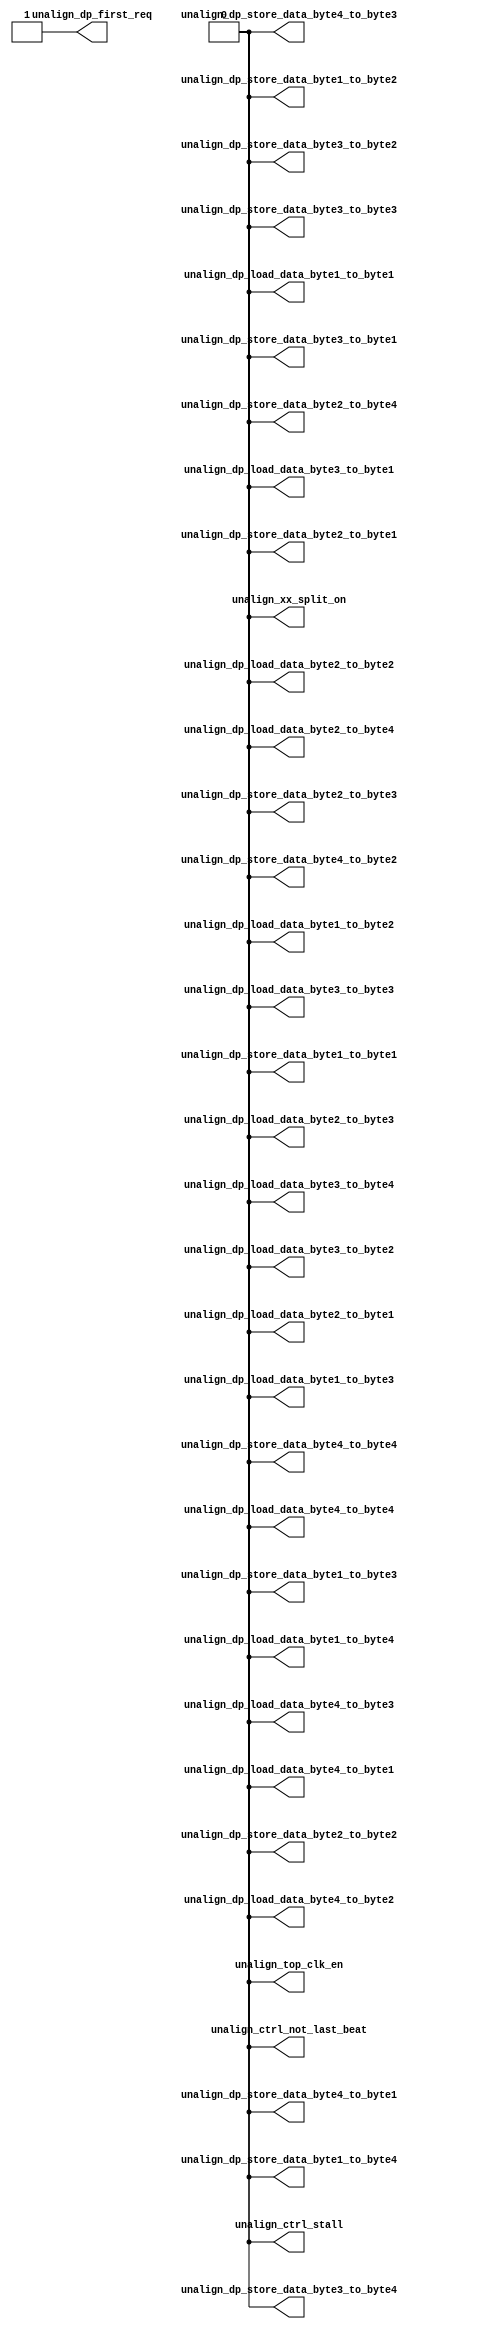
/*Copyright 2018-2021 T-Head Semiconductor Co., Ltd.

Licensed under the Apache License, Version 2.0 (the "License");
you may not use this file except in compliance with the License.
You may obtain a copy of the License at

    http://www.apache.org/licenses/LICENSE-2.0

Unless required by applicable law or agreed to in writing, software
distributed under the License is distributed on an "AS IS" BASIS,
WITHOUT WARRANTIES OR CONDITIONS OF ANY KIND, either express or implied.
See the License for the specific language governing permissions and
limitations under the License.
*/

// &ModuleBeg; @22
module cr_lsu_unalign(
  unalign_ctrl_not_last_beat,
  unalign_ctrl_stall,
  unalign_dp_first_req,
  unalign_dp_load_data_byte1_to_byte1,
  unalign_dp_load_data_byte1_to_byte2,
  unalign_dp_load_data_byte1_to_byte3,
  unalign_dp_load_data_byte1_to_byte4,
  unalign_dp_load_data_byte2_to_byte1,
  unalign_dp_load_data_byte2_to_byte2,
  unalign_dp_load_data_byte2_to_byte3,
  unalign_dp_load_data_byte2_to_byte4,
  unalign_dp_load_data_byte3_to_byte1,
  unalign_dp_load_data_byte3_to_byte2,
  unalign_dp_load_data_byte3_to_byte3,
  unalign_dp_load_data_byte3_to_byte4,
  unalign_dp_load_data_byte4_to_byte1,
  unalign_dp_load_data_byte4_to_byte2,
  unalign_dp_load_data_byte4_to_byte3,
  unalign_dp_load_data_byte4_to_byte4,
  unalign_dp_store_data_byte1_to_byte1,
  unalign_dp_store_data_byte1_to_byte2,
  unalign_dp_store_data_byte1_to_byte3,
  unalign_dp_store_data_byte1_to_byte4,
  unalign_dp_store_data_byte2_to_byte1,
  unalign_dp_store_data_byte2_to_byte2,
  unalign_dp_store_data_byte2_to_byte3,
  unalign_dp_store_data_byte2_to_byte4,
  unalign_dp_store_data_byte3_to_byte1,
  unalign_dp_store_data_byte3_to_byte2,
  unalign_dp_store_data_byte3_to_byte3,
  unalign_dp_store_data_byte3_to_byte4,
  unalign_dp_store_data_byte4_to_byte1,
  unalign_dp_store_data_byte4_to_byte2,
  unalign_dp_store_data_byte4_to_byte3,
  unalign_dp_store_data_byte4_to_byte4,
  unalign_top_clk_en,
  unalign_xx_split_on
);

// &Ports; @23
output       unalign_ctrl_not_last_beat;          
output       unalign_ctrl_stall;                  
output       unalign_dp_first_req;                
output       unalign_dp_load_data_byte1_to_byte1; 
output       unalign_dp_load_data_byte1_to_byte2; 
output       unalign_dp_load_data_byte1_to_byte3; 
output       unalign_dp_load_data_byte1_to_byte4; 
output       unalign_dp_load_data_byte2_to_byte1; 
output       unalign_dp_load_data_byte2_to_byte2; 
output       unalign_dp_load_data_byte2_to_byte3; 
output       unalign_dp_load_data_byte2_to_byte4; 
output       unalign_dp_load_data_byte3_to_byte1; 
output       unalign_dp_load_data_byte3_to_byte2; 
output       unalign_dp_load_data_byte3_to_byte3; 
output       unalign_dp_load_data_byte3_to_byte4; 
output       unalign_dp_load_data_byte4_to_byte1; 
output       unalign_dp_load_data_byte4_to_byte2; 
output       unalign_dp_load_data_byte4_to_byte3; 
output       unalign_dp_load_data_byte4_to_byte4; 
output       unalign_dp_store_data_byte1_to_byte1; 
output       unalign_dp_store_data_byte1_to_byte2; 
output       unalign_dp_store_data_byte1_to_byte3; 
output       unalign_dp_store_data_byte1_to_byte4; 
output       unalign_dp_store_data_byte2_to_byte1; 
output       unalign_dp_store_data_byte2_to_byte2; 
output       unalign_dp_store_data_byte2_to_byte3; 
output       unalign_dp_store_data_byte2_to_byte4; 
output       unalign_dp_store_data_byte3_to_byte1; 
output       unalign_dp_store_data_byte3_to_byte2; 
output       unalign_dp_store_data_byte3_to_byte3; 
output       unalign_dp_store_data_byte3_to_byte4; 
output       unalign_dp_store_data_byte4_to_byte1; 
output       unalign_dp_store_data_byte4_to_byte2; 
output       unalign_dp_store_data_byte4_to_byte3; 
output       unalign_dp_store_data_byte4_to_byte4; 
output       unalign_top_clk_en;                  
output       unalign_xx_split_on;                 

// &Regs; @24

// &Wires; @25
wire         unalign_ctrl_not_last_beat;          
wire         unalign_ctrl_stall;                  
wire         unalign_dp_first_req;                
wire         unalign_dp_load_data_byte1_to_byte1; 
wire         unalign_dp_load_data_byte1_to_byte2; 
wire         unalign_dp_load_data_byte1_to_byte3; 
wire         unalign_dp_load_data_byte1_to_byte4; 
wire         unalign_dp_load_data_byte2_to_byte1; 
wire         unalign_dp_load_data_byte2_to_byte2; 
wire         unalign_dp_load_data_byte2_to_byte3; 
wire         unalign_dp_load_data_byte2_to_byte4; 
wire         unalign_dp_load_data_byte3_to_byte1; 
wire         unalign_dp_load_data_byte3_to_byte2; 
wire         unalign_dp_load_data_byte3_to_byte3; 
wire         unalign_dp_load_data_byte3_to_byte4; 
wire         unalign_dp_load_data_byte4_to_byte1; 
wire         unalign_dp_load_data_byte4_to_byte2; 
wire         unalign_dp_load_data_byte4_to_byte3; 
wire         unalign_dp_load_data_byte4_to_byte4; 
wire         unalign_dp_store_data_byte1_to_byte1; 
wire         unalign_dp_store_data_byte1_to_byte2; 
wire         unalign_dp_store_data_byte1_to_byte3; 
wire         unalign_dp_store_data_byte1_to_byte4; 
wire         unalign_dp_store_data_byte2_to_byte1; 
wire         unalign_dp_store_data_byte2_to_byte2; 
wire         unalign_dp_store_data_byte2_to_byte3; 
wire         unalign_dp_store_data_byte2_to_byte4; 
wire         unalign_dp_store_data_byte3_to_byte1; 
wire         unalign_dp_store_data_byte3_to_byte2; 
wire         unalign_dp_store_data_byte3_to_byte3; 
wire         unalign_dp_store_data_byte3_to_byte4; 
wire         unalign_dp_store_data_byte4_to_byte1; 
wire         unalign_dp_store_data_byte4_to_byte2; 
wire         unalign_dp_store_data_byte4_to_byte3; 
wire         unalign_dp_store_data_byte4_to_byte4; 
wire         unalign_top_clk_en;                  
wire         unalign_xx_split_on;                 


// //&Connect(.clk_in      (forever_cpuclk), @39
// //         .external_en (1'b0), @40
// //         .global_en   (cp0_yy_clk_en), @41
// //         .module_en   (randclk_unalign_mod_en_w2), @42
// //         .local_en    (unalign_en), @43
// //         .clk_out     (unalign_clk)); @44
// &CombBeg; @91
// &CombEnd; @125
assign unalign_top_clk_en = 1'b0;
//assign lsu_iu_unalign_split_stall = 1'b0;
assign unalign_ctrl_not_last_beat = 1'b0;
assign unalign_ctrl_stall = 1'b0;
assign unalign_dp_first_req = 1'b1;
assign unalign_xx_split_on = 1'b0;


//assign unalign_ctrl_load_mask = 1'b0;
assign unalign_dp_load_data_byte1_to_byte1 = 1'b0;
assign unalign_dp_load_data_byte1_to_byte2 = 1'b0;
assign unalign_dp_load_data_byte1_to_byte3 = 1'b0;
assign unalign_dp_load_data_byte1_to_byte4 = 1'b0;
assign unalign_dp_load_data_byte2_to_byte1 = 1'b0;
assign unalign_dp_load_data_byte2_to_byte2 = 1'b0;
assign unalign_dp_load_data_byte2_to_byte3 = 1'b0;
assign unalign_dp_load_data_byte2_to_byte4 = 1'b0;
assign unalign_dp_load_data_byte3_to_byte1 = 1'b0;
assign unalign_dp_load_data_byte3_to_byte2 = 1'b0;
assign unalign_dp_load_data_byte3_to_byte3 = 1'b0;
assign unalign_dp_load_data_byte3_to_byte4 = 1'b0;
assign unalign_dp_load_data_byte4_to_byte1 = 1'b0;
assign unalign_dp_load_data_byte4_to_byte2 = 1'b0;
assign unalign_dp_load_data_byte4_to_byte3 = 1'b0;
assign unalign_dp_load_data_byte4_to_byte4 = 1'b0;
//assign unalign_dp_plus1_addr;
//assign unalign_dp_plus2_addr;
//assign unalign_dp_plus3_addr;
//assign unalign_dp_size_half;
//assign unalign_dp_size_word;
assign unalign_dp_store_data_byte1_to_byte1 = 1'b0;
assign unalign_dp_store_data_byte1_to_byte2 = 1'b0;
assign unalign_dp_store_data_byte1_to_byte3 = 1'b0;
assign unalign_dp_store_data_byte1_to_byte4 = 1'b0;
assign unalign_dp_store_data_byte2_to_byte1 = 1'b0;
assign unalign_dp_store_data_byte2_to_byte2 = 1'b0;
assign unalign_dp_store_data_byte2_to_byte3 = 1'b0;
assign unalign_dp_store_data_byte2_to_byte4 = 1'b0;
assign unalign_dp_store_data_byte3_to_byte1 = 1'b0;
assign unalign_dp_store_data_byte3_to_byte2 = 1'b0;
assign unalign_dp_store_data_byte3_to_byte3 = 1'b0;
assign unalign_dp_store_data_byte3_to_byte4 = 1'b0;
assign unalign_dp_store_data_byte4_to_byte1 = 1'b0;
assign unalign_dp_store_data_byte4_to_byte2 = 1'b0;
assign unalign_dp_store_data_byte4_to_byte3 = 1'b0;
assign unalign_dp_store_data_byte4_to_byte4 = 1'b0;





// &ModuleEnd; @411
endmodule